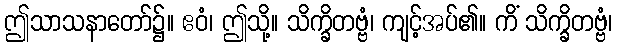
ဤသာသနာတော်၌။ ဧဝံ၊ ဤသို့။ သိက္ခိတဗ္ဗံ၊ ကျင့်အပ်၏။ ကိံ သိက္ခိတဗ္ဗံ၊